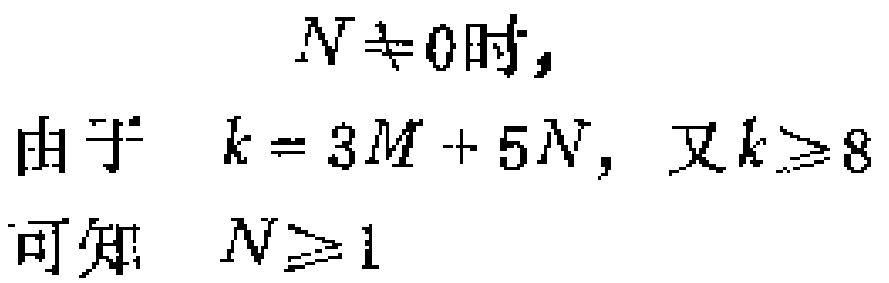
$N \neq 0时,$

由于 $k = 3M + 5N,$ 又 $k \geq 8$

可知 $N \geq 1$